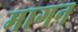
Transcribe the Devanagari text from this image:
मागन